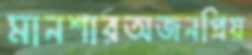
মানশারঅজনপ্রিয়